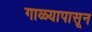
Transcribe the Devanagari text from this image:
गाळ्यापासून